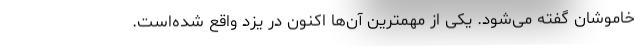
خاموشان گفته می‌شود. یکی از مهمترین‌ آن‌ها اکنون در یزد واقع شده‌است.